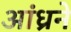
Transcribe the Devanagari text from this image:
आंध्रने